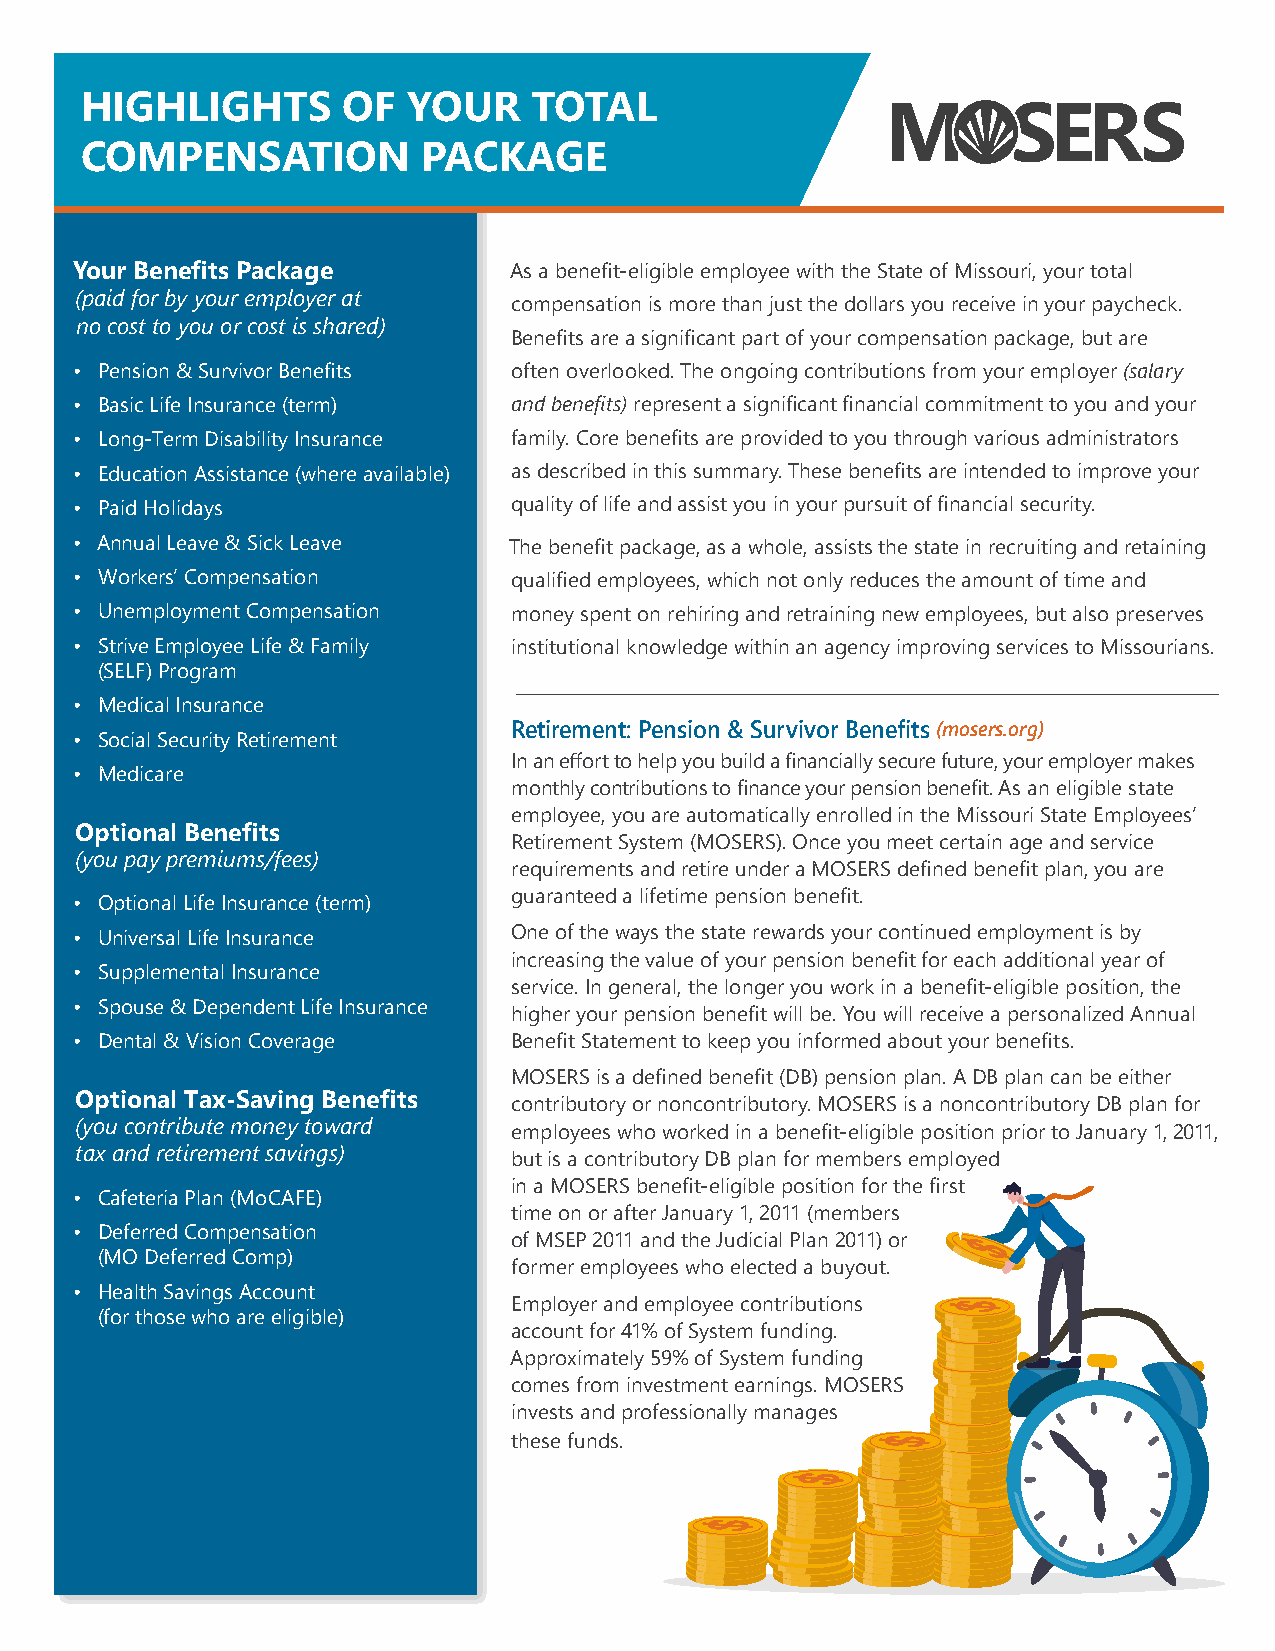
HIGHLIGHTS        OF  YOUR    TOTAL
 COMPENSATION           PACKAGE
 Your Benefits Package        As a benefit-eligible employee with the State of Missouri, your total
 (paid for by your employer at
 compensation is more than just the dollars you receive in your paycheck.
 no cost to you or cost is shared)
 Benefits are a significant part of your compensation package, but are
 • Pension & Survivor Benefits often overlooked. The ongoing contributions from your employer (salary
 • Basic Life Insurance (term) and benefits) represent a significant financial commitment to you and your
 • Long-Term Disability Insurance family. Core benefits are provided to you through various administrators
 • Education Assistance (where available) as described in this summary. These benefits are intended to improve your
 • Paid Holidays              quality of life and assist you in your pursuit of financial security.
 • Annual Leave & Sick Leave  The benefit package, as a whole, assists the state in recruiting and retaining
 • Workers’ Compensation      qualified employees, which not only reduces the amount of time and
 • Unemployment Compensation  money spent on rehiring and retraining new employees, but also preserves
 • Strive Employee Life & Family institutional knowledge within an agency improving services to Missourians.
 (SELF) Program
 • Medical Insurance
 Retirement: Pension & Survivor Benefits (mosers.org)
 • Social Security Retirement
 In an effort to help you build a financially secure future, your employer makes
 • Medicare
 monthly contributions to finance your pension benefit. As an eligible state
 employee, you are automatically enrolled in the Missouri State Employees’
 Optional Benefits
 Retirement System (MOSERS). Once you meet certain age and service
 (you pay premiums/fees)
 requirements and retire under a MOSERS defined benefit plan, you are
 guaranteed a lifetime pension benefit.
 • Optional Life Insurance (term)
 • Universal Life Insurance   One of the ways the state rewards your continued employment is by
 increasing the value of your pension benefit for each additional year of
 • Supplemental Insurance
 service. In general, the longer you work in a benefit-eligible position, the
 • Spouse & Dependent Life Insurance
 higher your pension benefit will be. You will receive a personalized Annual
 • Dental & Vision Coverage   Benefit Statement to keep you informed about your benefits.
 MOSERS is a defined benefit (DB) pension plan. A DB plan can be either
 Optional Tax-Saving Benefits contributory or noncontributory. MOSERS is a noncontributory DB plan for
 (you contribute money toward
 employees who worked in a benefit-eligible position prior to January 1, 2011,
 tax and retirement savings)
 but is a contributory DB plan for members employed
 in a MOSERS benefit-eligible position for the first
 • Cafeteria Plan (MoCAFE)
 time on or after January 1, 2011 (members
 • Deferred Compensation
 of MSEP 2011 and the Judicial Plan 2011) or
 (MO Deferred Comp)
 former employees who elected a buyout.
 • Health Savings Account
 Employer and employee contributions
 (for those who are eligible)
 account for 41% of System funding.
 Approximately 59% of System funding
 comes from investment earnings. MOSERS
 invests and professionally manages
 these funds.